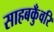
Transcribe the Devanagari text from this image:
साहबकुँवरि